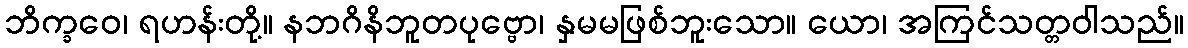
ဘိက္ခဝေ၊ ရဟန်းတို့။ နဘဂိနိဘူတပုဗ္ဗော၊ နှမမဖြစ်ဘူးသော။ ယော၊ အကြင်သတ္တဝါသည်။